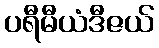
ပရီမီယံဒီဇယ်